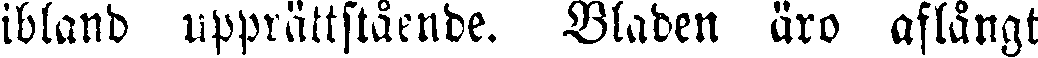
ibland upprättstående. Bladen äro aflångt